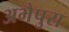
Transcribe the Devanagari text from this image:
अभैपुरा